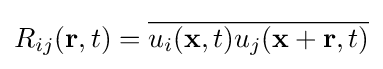
R_{ij}(\mathbf {r} ,t)={\overline {u_{i}(\mathbf {x} ,t)u_{j}(\mathbf {x} +\mathbf {r} ,t)}}